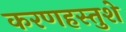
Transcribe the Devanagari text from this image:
करणहस्तुशे